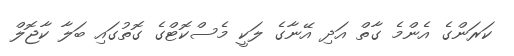
ކަރަންގެ އެންމެ ގާތް އަދި އޭނާގެ ލަކީ މެސްކޮޓްގެ ގޮތުގައި ބަލާ ކާޖޮލް